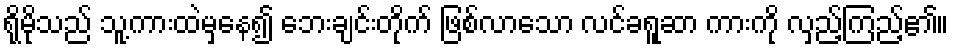
ရိုမိုသည် သူ့ကားထဲမှနေ၍ ဘေးချင်းတိုက် ဖြစ်လာသော လင်ခရူဆာ ကားကို လှည့်ကြည့်၏။